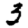
Digit: 3